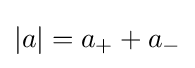
|a|=a_{+}+a_{-}